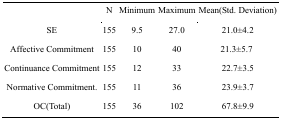
|  | N | Minimum | Maximum | Mean(Std. Deviation) |
 | --- | --- | --- | --- | --- |
 | SE | 155 | 9.5 | 27.0 | 21.±4.2 |
 | Affective Commitment | 155 | 10 | 40 | 21.3±5.7 |
 | Continuance Commitment | 155 | 12 | 33 | 22.7±3.5 |
 | Normative Commitment. | 155 | 11 | 36 | 23.9±3.7 |
 | OC(Total) | 155 | 36 | 102 | 67.8±9.9 |